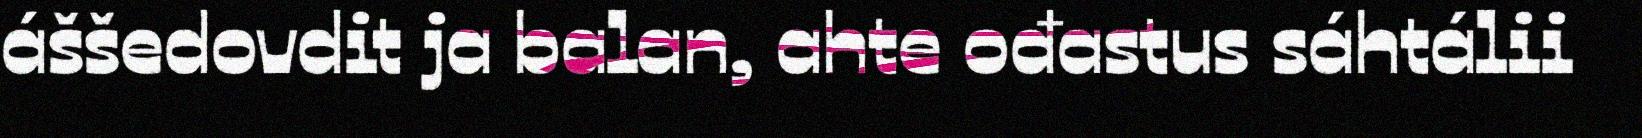
áššedovdit ja balan, ahte ođastus sáhtálii